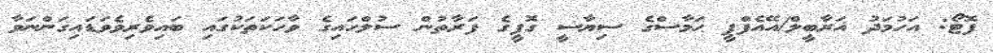
ފޮޓޯ: އަހުމަދު ޣަރާބީލް/އޭއެފްޕީ ޙަމާސްގެ ސިޔާސީ ގޮފީގެ ފަރާތުން ސުލްހައިގެ ވާހަކަތަކުގައި ބައިވެރިވެވަޑައިގަންނަވާ